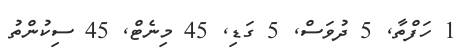
1 ހަފްތާ